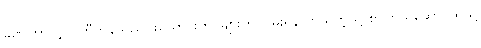
ခဏကြာလျှင် တီကွန်သည် ဖယောင်းတိုင်များကို ငြိမ်းရန်လာသကဲ့သို့ စာကြည့်ဆောင်ထဲသို့